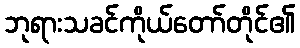
ဘုရားသခင်ကိုယ်တော်တိုင်၏